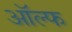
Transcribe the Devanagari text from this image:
ऑल्फ